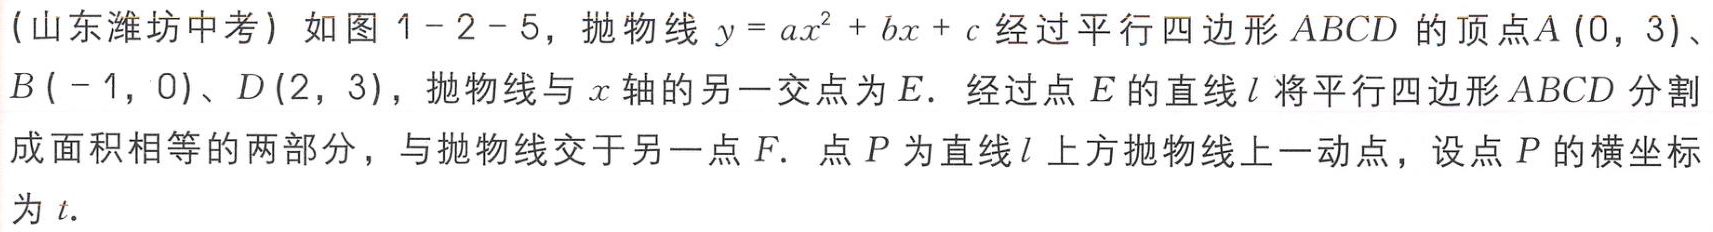
(山东潍坊中考) 如图1 - 2 - 5，抛物线 \(y = ax^{2}+bx + c\) 经过平行四边形 \(ABCD\) 的顶点 \(A(0,3)\)、\(B(-1,0)\)、\(D(2,3)\)，抛物线与 \(x\) 轴的另一交点为 \(E\)。经过点 \(E\) 的直线 \(l\) 将平行四边形 \(ABCD\) 分割成面积相等的两部分，与抛物线交于另一点 \(F\)。点 \(P\) 为直线 \(l\) 上方抛物线上一动点，设点 \(P\) 的横坐标为 \(t\)。